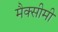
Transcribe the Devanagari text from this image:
मैक्सीमी